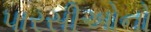
પારસીઓનો